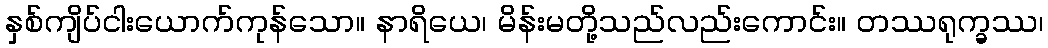
နှစ်ကျိပ်ငါးယောက်ကုန်သော။ နာရိယေ၊ မိန်းမတို့သည်လည်းကောင်း။ တဿရုက္ခဿ၊